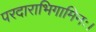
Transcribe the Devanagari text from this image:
परदाराभिगामिनः।